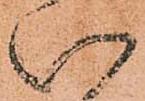
い